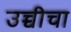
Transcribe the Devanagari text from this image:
उच्चीचा